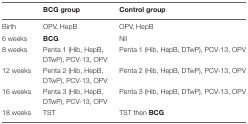
|  | BCG group | Control group |
 | --- | --- | --- |
 | Birth | OPV, HepB | OPV, HepB |
 | 6 weeks | BCG | Nil |
 | 8 weeks | Penta 1 (Hib, HepB, DTwP), PCV-13, OPV | Penta 1 (Hib, HepB, DTwP), PCV-13, OPV |
 | 12 weeks | Penta 2 (Hib, HepB, DTwP), PCV-13, OPV | Penta 2 (Hib, HepB, DTwP), PCV-13, OPV |
 | 16 weeks | Penta 3 (Hib, HepB, DTwP), PCV-13, OPV | Penta 3 (Hib, HepB, DTwP), PCV-13, OPV |
 | 18 weeks | TST | TST then BCG |